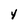
Character: 4